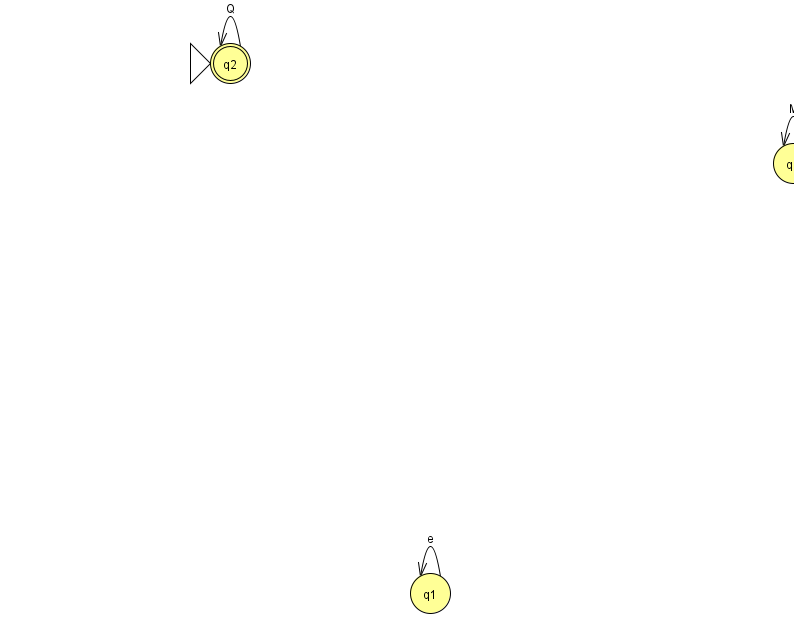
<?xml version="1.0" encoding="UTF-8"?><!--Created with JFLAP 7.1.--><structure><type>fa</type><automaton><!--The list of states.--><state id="0" name="q0"><x>793.0</x><y>150.0</y></state><state id="1" name="q1"><x>430.0</x><y>580.0</y></state><state id="2" name="q2"><x>230.0</x><y>50.0</y><initial/><final/></state><!--The list of transitions.--><transition><from>2</from><to>2</to><read>Q</read></transition><transition><from>1</from><to>1</to><read>e</read></transition><transition><from>0</from><to>0</to><read>M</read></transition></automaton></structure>